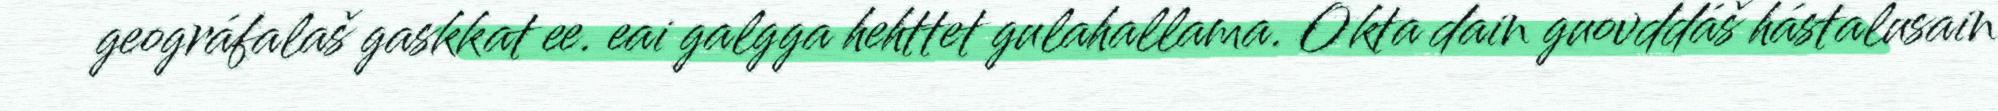
geográfalaš gaskkat ee. eai galgga hehttet gulahallama. Okta dain guovddáš hástalusain